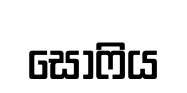
සොෆිය